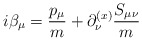
\begin{align*}i\beta_\mu = {{p_\mu} \over m} + \partial^{(x)}_\nu {{S_{\mu\nu} \over m}}\end{align*}